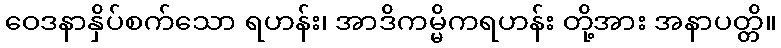
ဝေဒနာနှိပ်စက်သော ရဟန်း၊ အာဒိကမ္မိကရဟန်း တို့အား အနာပတ္တိ။